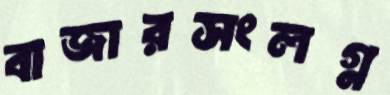
বাজারসংলগ্ন